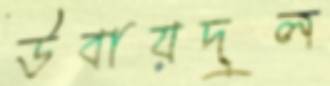
উবায়দুল